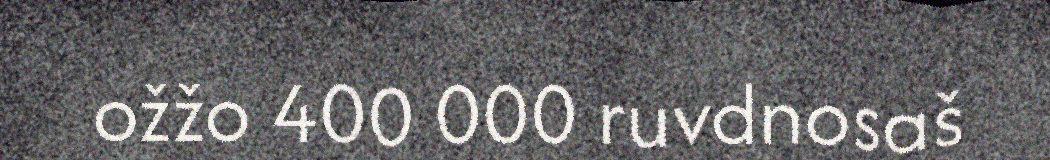
ožžo 400 000 ruvdnosaš